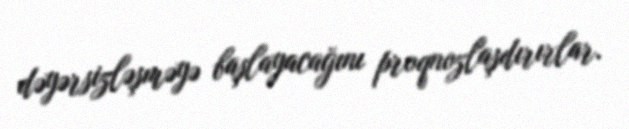
dəyərsizləşməyə başlayacağını proqnozlaşdırırlar.